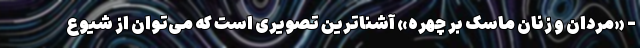
- «مردان و زنان ماسک بر چهره» آشناترین تصویری است که می‌توان از شیوع